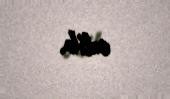
edib.